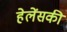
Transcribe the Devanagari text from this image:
हेलेंसकी